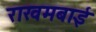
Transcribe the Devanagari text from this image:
राखमबाई